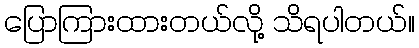
ပြောကြားထားတယ်လို့ သိရပါတယ်။